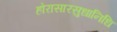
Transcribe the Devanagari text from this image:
होरासारसुधानिधि